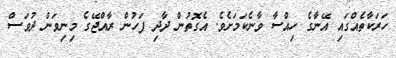
ހަރަކާތެއްގައި އޭނާގެ ހިއްސާ ވާނެކަމަށެވެ. އެގޮތުން ދާދި ފަހުން ރާއްޖޭގެ މިނިވަން ދުވަސް